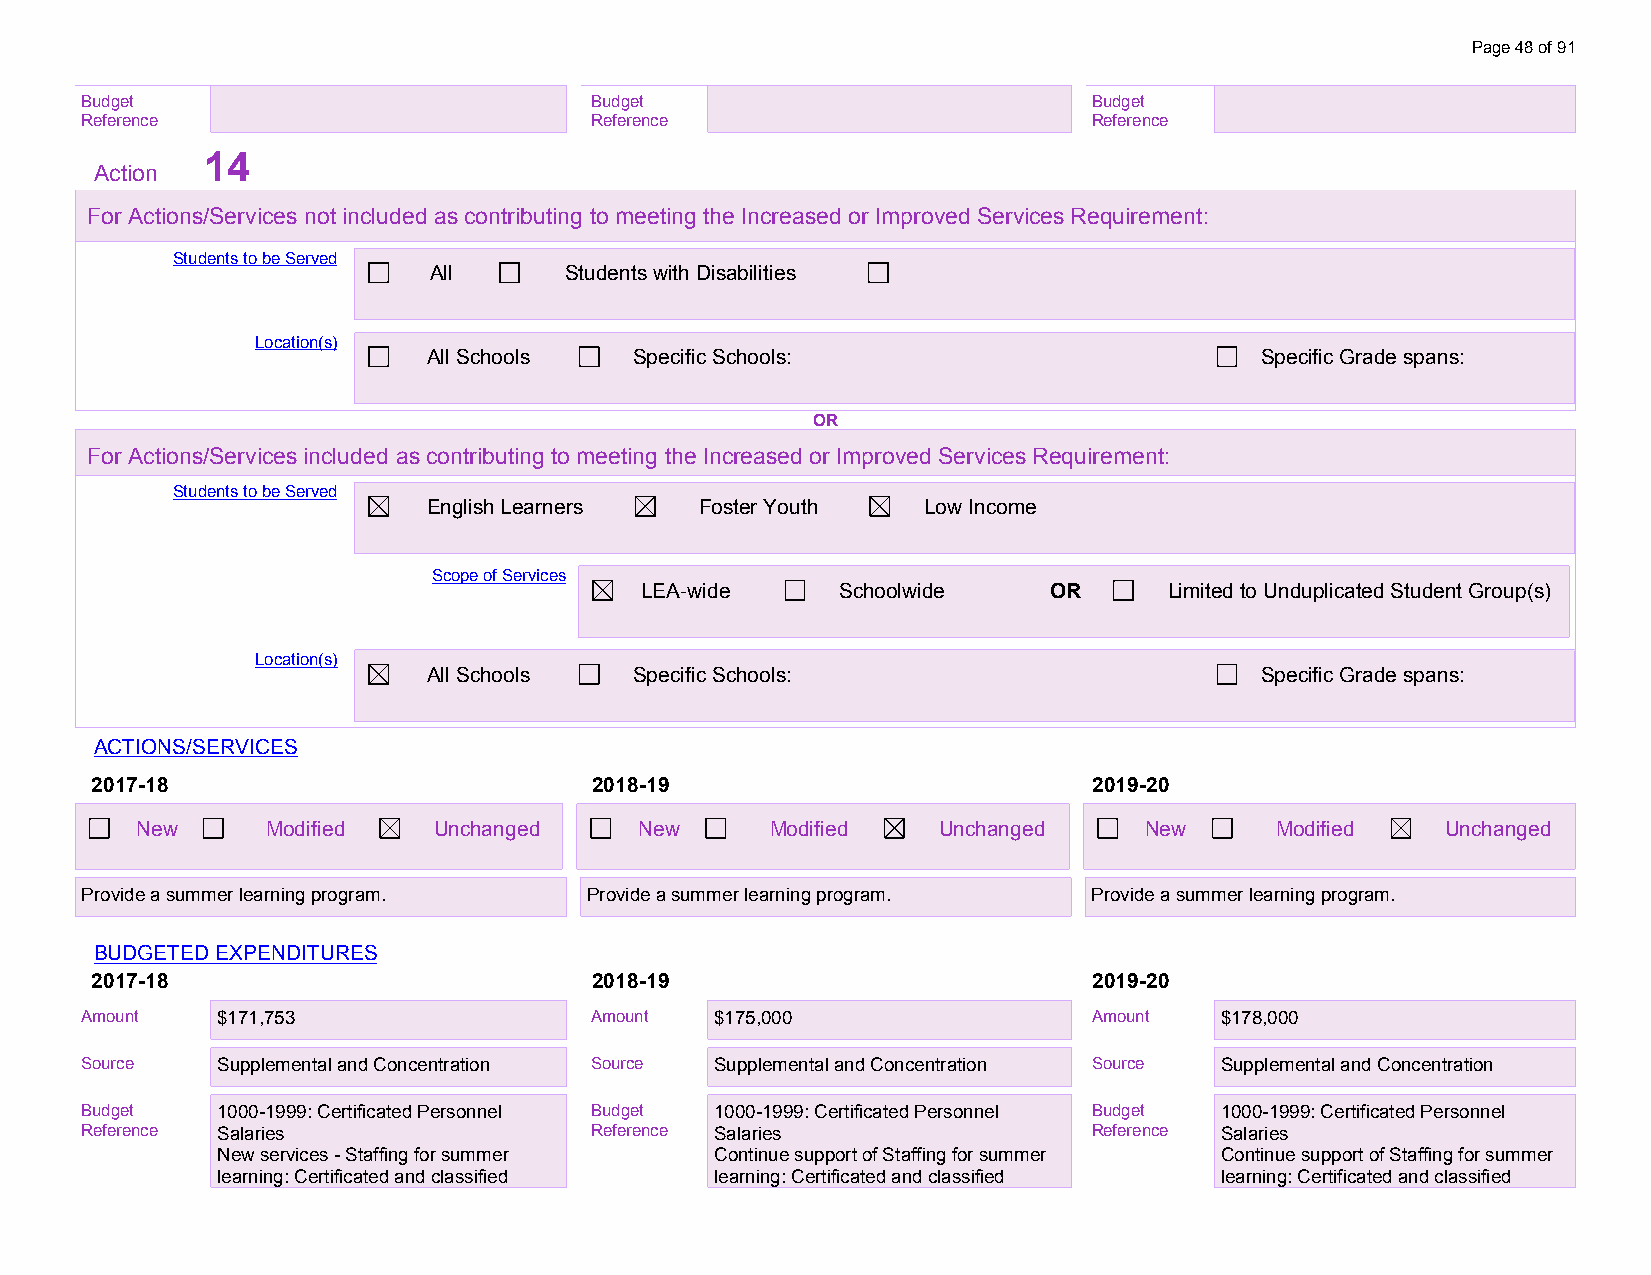
Page 48 of 91
 Budget                            Budget                           Budget
 Reference                         Reference                        Reference
 14
 Action
 For Actions/Services not included as contributing to meeting the Increased or Improved Services Requirement:
 Students to be Served
 All      Students with Disabilities
 Location(s)
 All Schools   Specific Schools:                        Specific Grade spans:
 OR
 For Actions/Services included as contributing to meeting the Increased or Improved Services Requirement:
 Students to be Served
 English Learners  Foster Youth   Low Income
 Scope of Services
 LEA-wide      Schoolwide   OR      Limited to Unduplicated Student Group(s)
 Location(s)
 All Schools   Specific Schools:                        Specific Grade spans:
 ACTIONS/SERVICES
 2017-18                          2018-19                          2019-20
 New      Modified   Unchanged    New      Modified   Unchanged     New     Modified    Unchanged
 Provide a summer learning program. Provide a summer learning program. Provide a summer learning program.
 BUDGETED EXPENDITURES
 2017-18                          2018-19                          2019-20
 Amount   $171,753                 Amount  $175,000                 Amount   $178,000
 S o u rce
 $ S1 u7 p1 p,7 le5 m3
 ental and Concentration Source Supplemental and Concentration Source Supplemental and Concentration
 B u d get
 $ 11 07 01 0,7 -15 93
 99: Certificated Personnel Budget 1000-1999: Certificated Personnel Budget 1000-1999: Certificated Personnel
 Reference Salaries                Reference Salaries               Reference Salaries
 New services - Staffing for summer Continue support of Staffing for summer Continue support of Staffing for summer
 learning: Certificated and classified learning: Certificated and classified learning: Certificated and classified